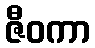
ဇီဝကာ